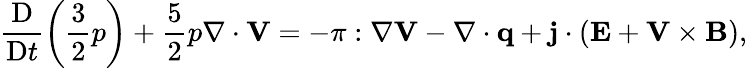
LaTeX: \frac{\mathrm{D}}{\mathrm{D}t}\left(\frac{3}{2}p\right)+\frac{5}{2}p\nabla\cdot\mathbf{V}=-\mathbf{\pi}:\nabla\mathbf{V}-\nabla\cdot\mathbf{q}+\mathbf{j}\cdot\left(\mathbf{E}+\mathbf{V}\times\mathbf{B}\right),